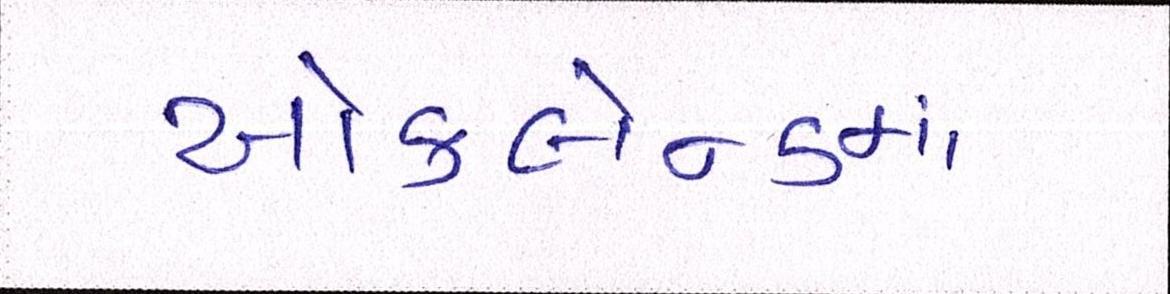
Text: ઑકલેન્ડમાં